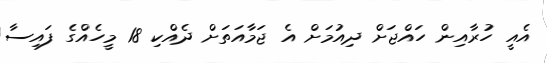
އެއީ ހުރާއިން ހައްޖަށް ދިއުމަށް އެ ޖަމާއަތަށް ދެއްކި 18 މީހެއްގެ ފައިސާ